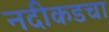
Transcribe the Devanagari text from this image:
नदीकडचा